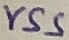
Text: VSS